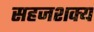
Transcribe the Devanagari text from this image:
सहजशक्‍य